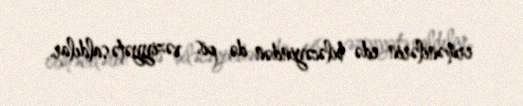
ermənilərin edə biləcəyindən də pis vəziyyətə saldılar.